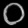
Digit: ၀